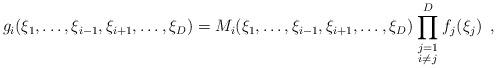
LaTeX: \begin{align*}g_i(\xi_1,\dots,\xi_{i-1},\xi_{i+1},\dots,\xi_D) =M_i(\xi_1,\dots,\xi_{i-1},\xi_{i+1},\dots,\xi_D) \prod_{\scriptstyle j=1 \atop\scriptstyle i\not=j}^D f_j(\xi_j)\enspace,\end{align*}